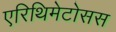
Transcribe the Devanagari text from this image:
एरिथिमेटोसस